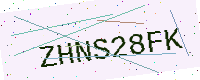
Text: ZHNS28FK